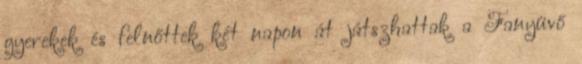
gyerekek és felnőttek két napon át játszhattak a Fanyüvő